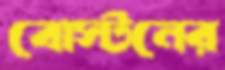
বোস্টনের